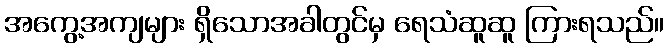
အကွေ့အကျများ ရှိသောအခါတွင်မှ ရေသံဆူဆူ ကြားရသည်။